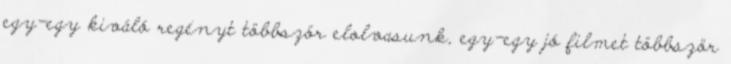
egy-egy kiváló regényt többször elolvasunk, egy-egy jó filmet többször